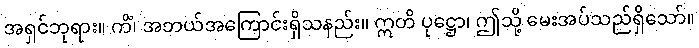
အရှင်ဘုရား။ ကိံ၊ အဘယ်အကြောင်းရှိသနည်း။ ဣတိ ပုဋ္ဌော၊ ဤသို့ မေးအပ်သည်ရှိသော်။